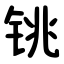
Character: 铫